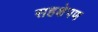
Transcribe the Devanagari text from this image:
सहक्षेपण